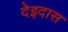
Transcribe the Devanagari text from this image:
देइदास